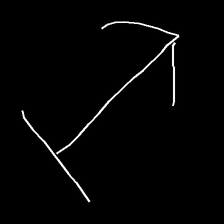
Glyph: levitation